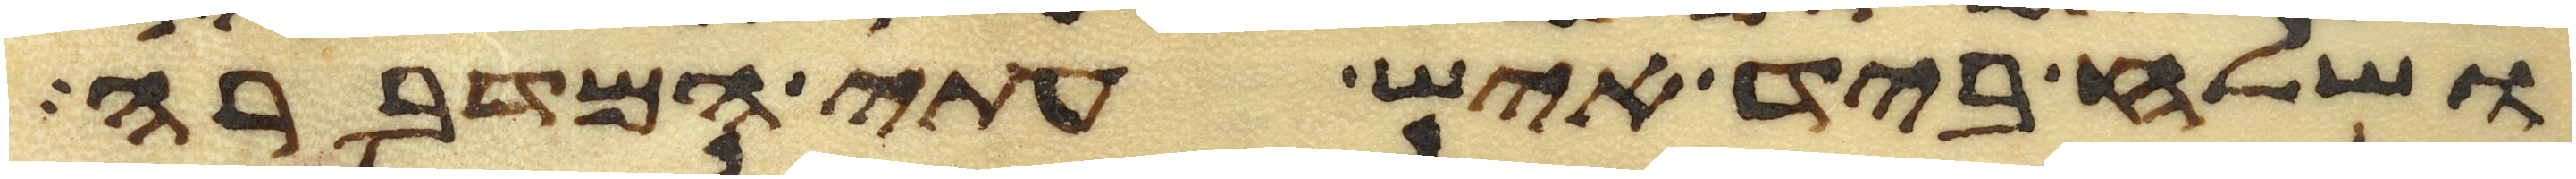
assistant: ושלח ביד איש עתי המדברה